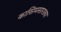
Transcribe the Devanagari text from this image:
कासिमसारख्या